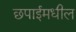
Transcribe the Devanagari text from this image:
छपाईमधील